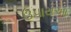
ઉપાયઆ